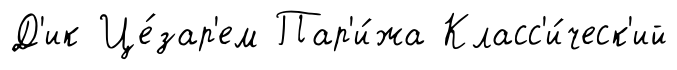
Д'ик Це́зар'ем Пар'и́жа Класс'и́ческ'ий